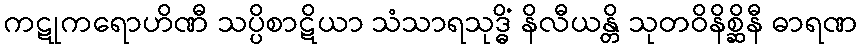
ကဋုကရောဟိဏီ သပ္ပိစာဋိယာ သံသာရသုဒ္ဓိံ နိလီယန္တိ သုတဝိနိစ္ဆိနီ ဓာရဏ